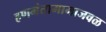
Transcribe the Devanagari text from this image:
हणमंतामामाजवळ